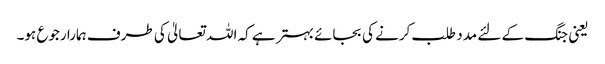
یعنی جنگ کے لئے مدد طلب کرنے کی بجائے بہتر ہے کہ اللہ تعالیٰ کی طرف ہمارا رجوع ہو۔